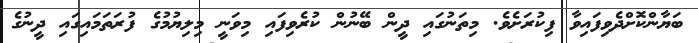
ބަޔާންކޮށްދެވިފައިވާ ފިކުރަށެވެ. މިތަނުގައި ދީން ބޭނުން ކުރެވިފައި މިވަނީ މިލިޔުމުގެ ފުރަތަމައިގައި ދީނުގެ